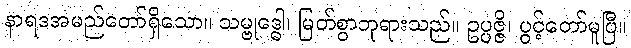
နာရဒအမည်တော်ရှိသော။ သမ္ဗုဒ္ဓေါ၊ မြတ်စွာဘုရားသည်။ ဥပ္ပဇ္ဇိ၊ ပွင့်တော်မူပြီ။